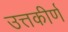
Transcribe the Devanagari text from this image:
उत्तकीर्ण